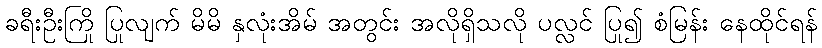
ခရီးဦးကြို ပြုလျက် မိမိ နှလုံးအိမ် အတွင်း အလိုရှိသလို ပလ္လင် ပြု၍ စံမြန်း နေထိုင်ရန်